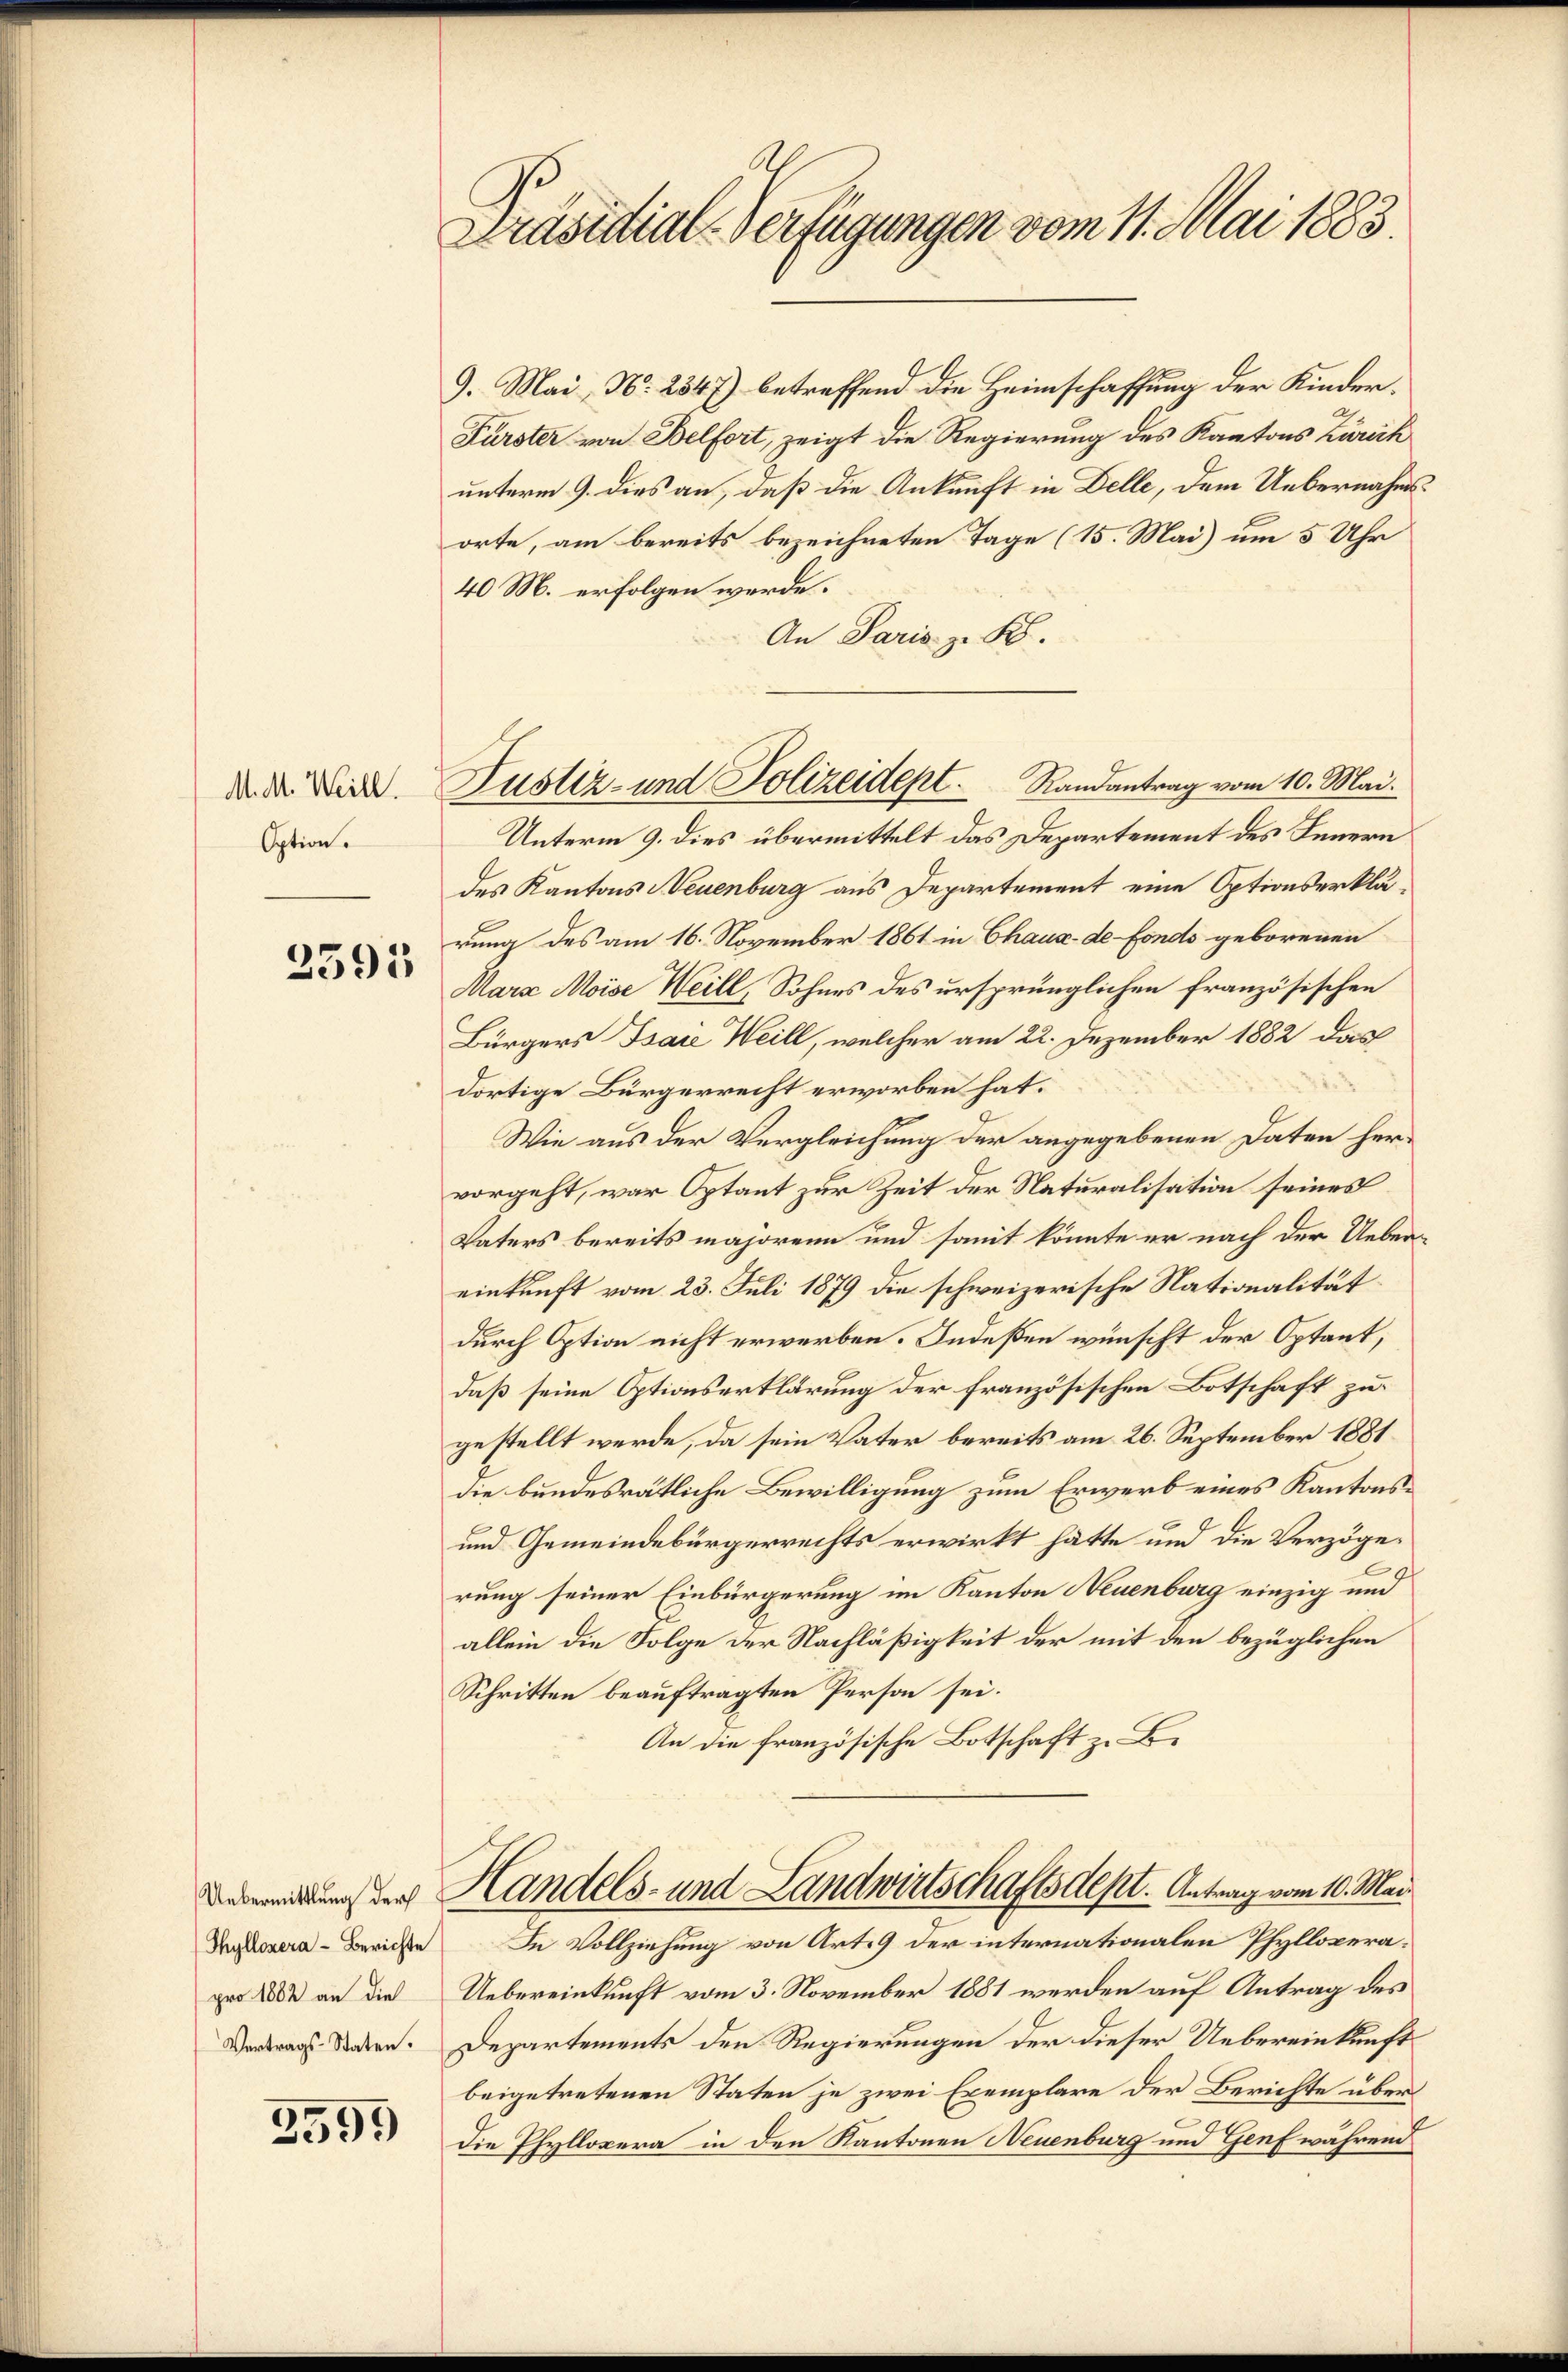
M. M. Weill.
Option.

2595

Thyllozera - Berichte
pro 1882 an die

3595

Prasutial-Verfügungen vom 11. Mai 1883.

9. Mai, No 2347) betreffend die Heimschaffung der Kinder.
Fürster von Belfort, zeigt die Regierung des Kantons Zürich
unterm 9. dies an, daß die Ankunft in Delle, dem Uebernahmsorte, am bereits bezeichneten Tage (15. Mai um 5 Uhr
40 M. erfolgen werde.
An Paris z. B.
Unterm 9. dies übermittelt das Departement des Innern
des Kantons Neuenburg aus Departement eine Optionserklärung des am 16. November 1861 in Chaux-de-Fonds geborenen
Mara Moise Weill, Sohnes des ursprünglichen französischen
Bürgers Bsare Weill, welcher am 22. Dezember 1882 das
dortige Bürgerrecht erworben hat.
Wie aus der Vergleichung der angegebenen Daten hervorgeht, war Optant zur Zeit der Naturalisation seines
Vaters bereits majoren und somit könnte er nach der Ueber-
einkunft vom 23. Juli 1879 die schweizerische Nationalitätdurch Option nicht erwerben. Indeßen wünscht der Optant,
daß seine Optionserklärung der französischen Botschaft zu
gestellt werde, da sein Vater bereits am 26. September 1881
die bundesrätliche Bewilligung zum Erwerb eines Kantons¬
und Gemeindebürgerrechts erwirkt hätte und die Verzögerung seiner Einbürgerung im Kanton Neuenburg einzig und
allein die Folge der Nachläßigkeit der mit den bezüglichen
Schritten beauftragten Person sei.
An die französische Botschaft z. B.
edung der Handels- und Landwirtschaftsdest. Antrag vom 10. Mai
In Vollziehung von Art. 9 der internationalen Phyllopera¬
Uebereinkunft vom 3. November 1881 werden auf Antrag des
Vortrags Stadten. Departements den Regierungen der dieser Uebereinkunft
beigetretenen Staten je zwei Exemplare der Berichte über
die Pfyllopera in den Kantonen Neuenburg und Genf während

Justiz- und Polizeidept. Randantrag vom 10. Mai.